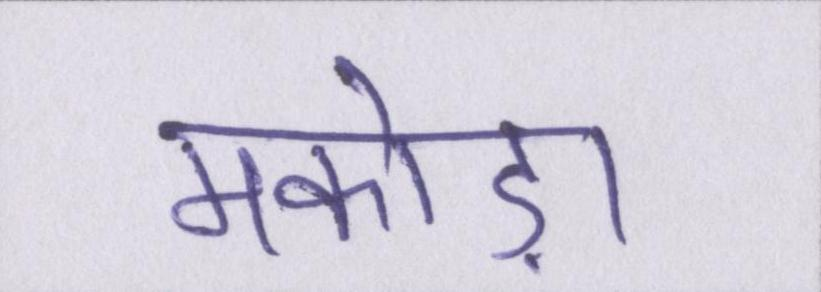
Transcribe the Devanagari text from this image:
मकोड़ा